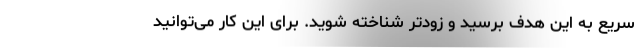
سریع به این هدف برسید و زودتر شناخته شوید. برای این کار می‌توانید